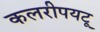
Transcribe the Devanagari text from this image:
कलरीपयटू